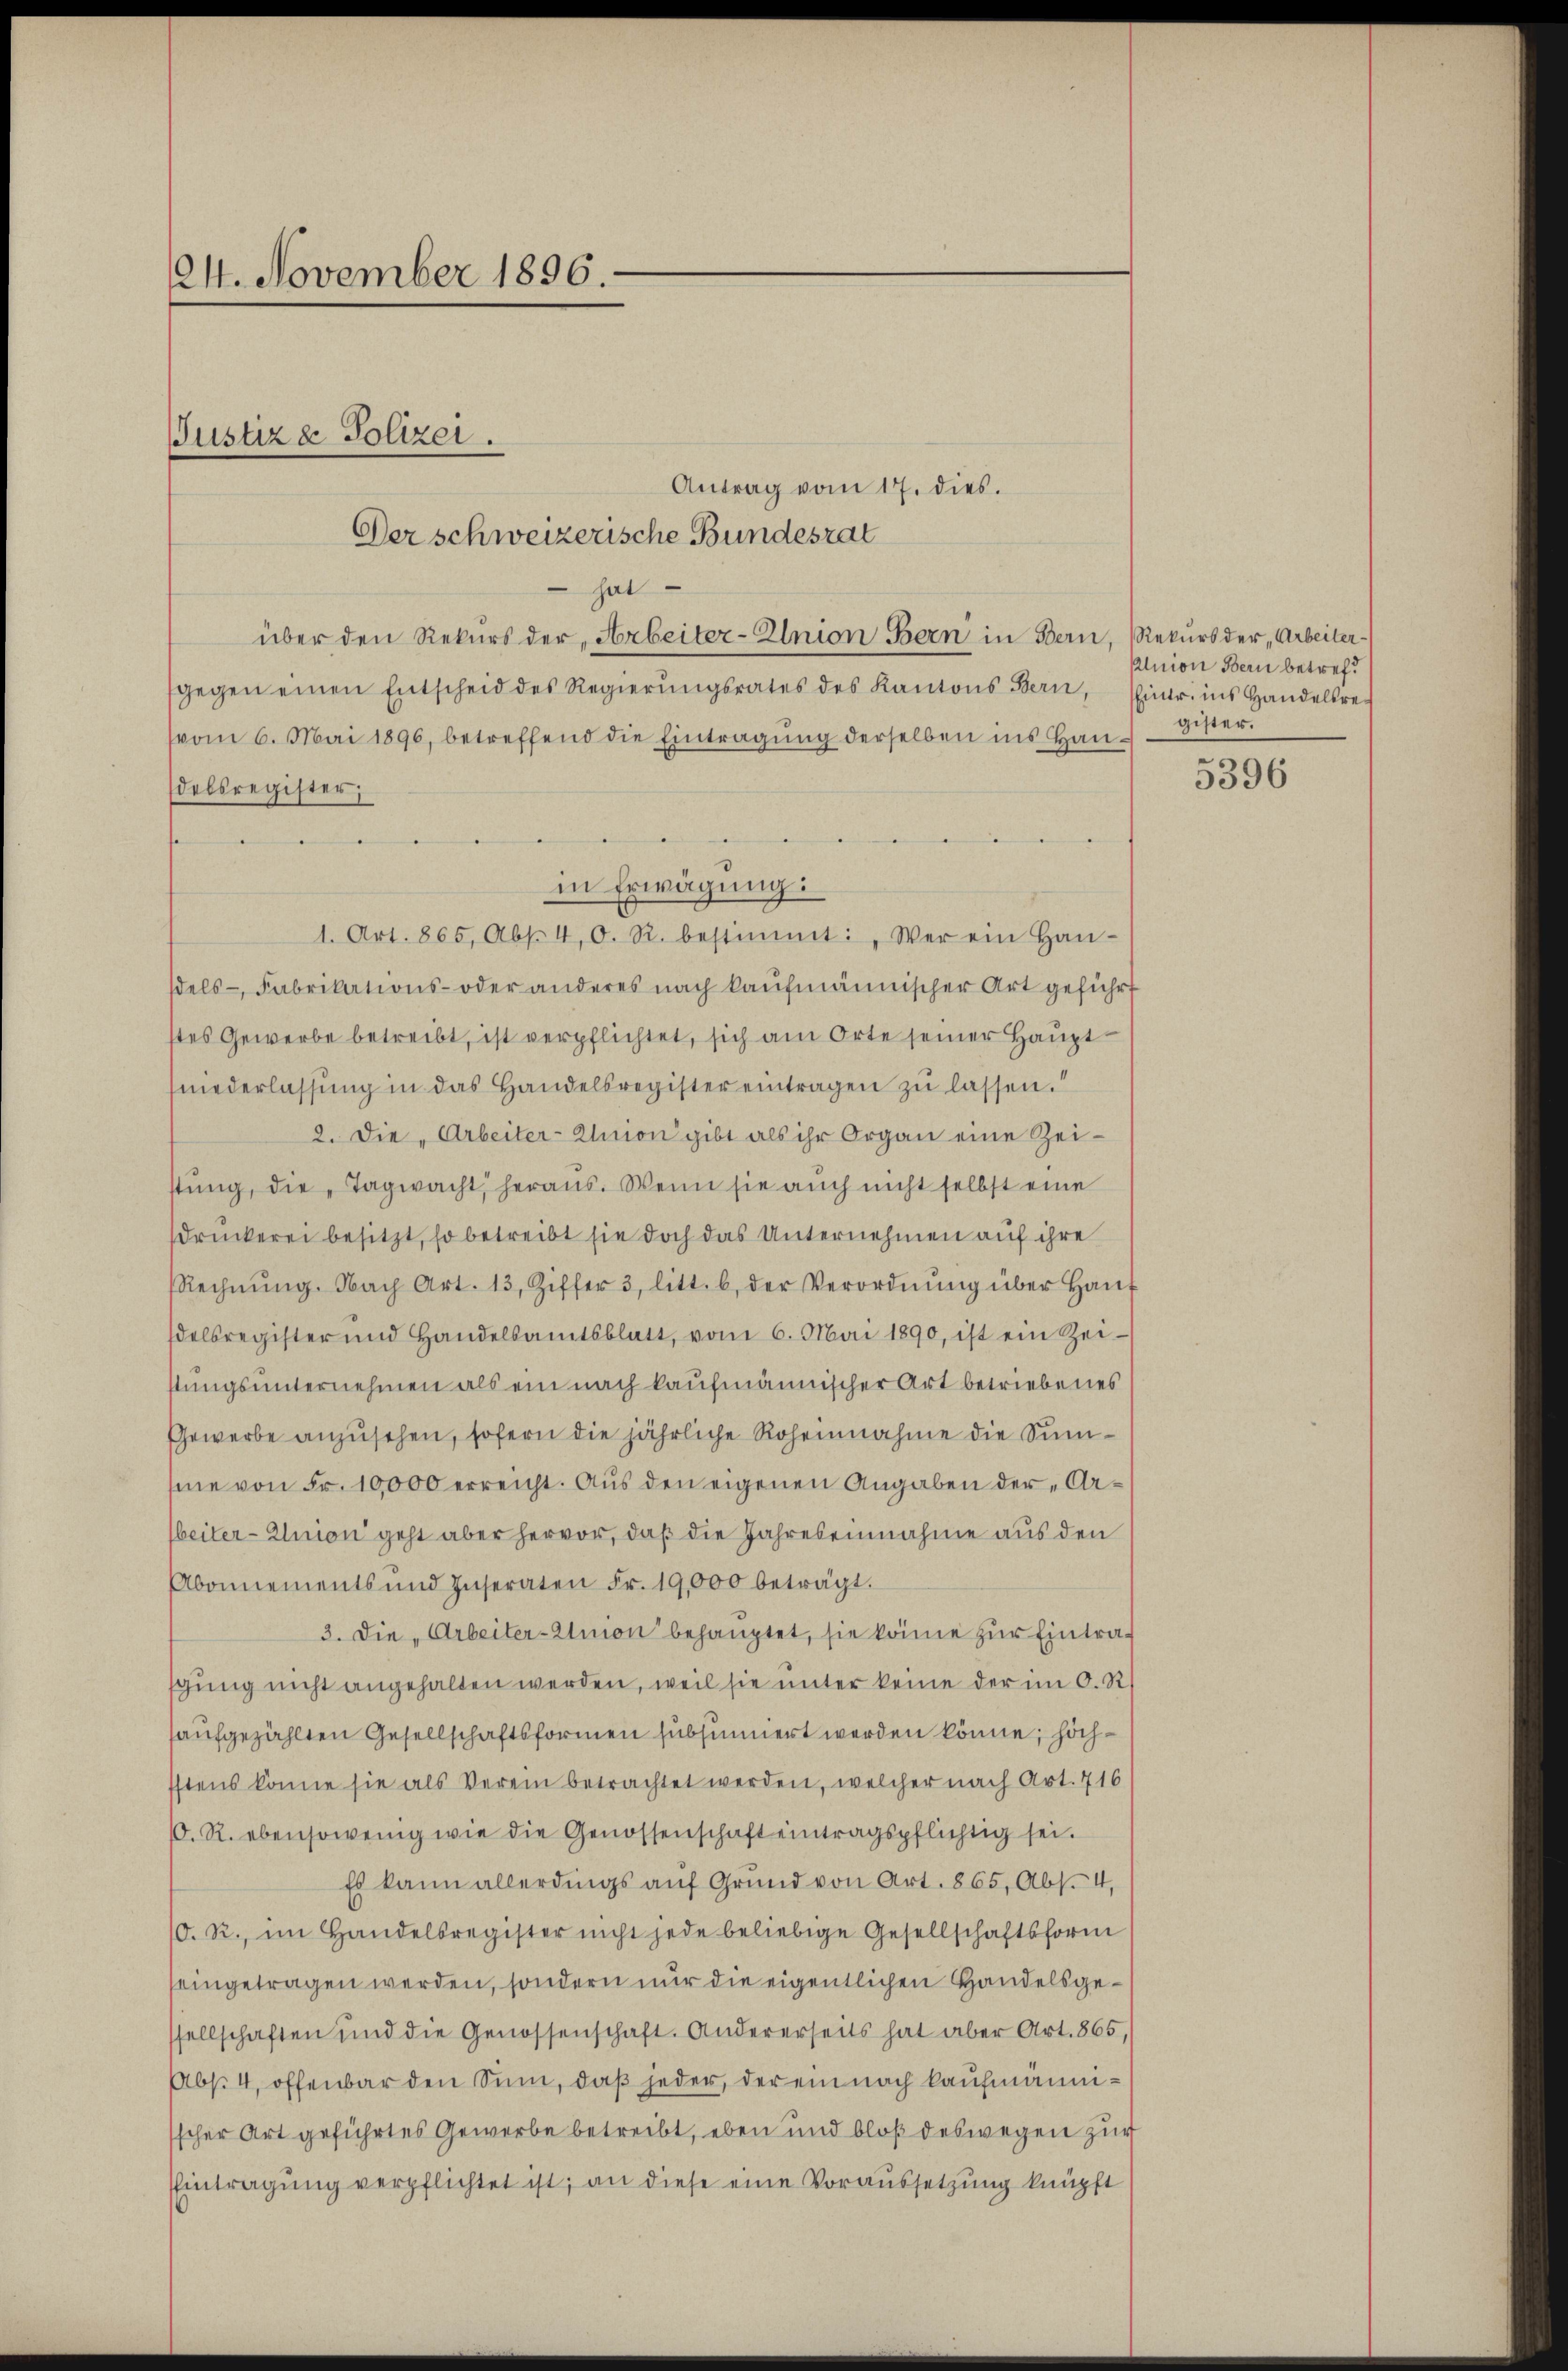
124. November 1896.

Antrag vom 17. dies.
hat
über den Rekurs der Arbeiter-Union Bern in Bern, Rekurs der „Arbeitersgegen einen Entscheid des Regierŭngsrates des Kantons Bern, Eintr. ins Handelsrevom 6. Mai 1896, betreffend die Eintragung derselben ins Handelsregister,
1. Art. 865, Abs. 4, O. R. bestimmt: „Wer ein Han-
sdels- Fabrikations- oder anderes nach kaufmännischer Art geführt
stes Gewerbe betreibt, ist verpflichtet, sich am Orte seiner Haupt¬
(niederlassŭng in das Handelsregister eintragen zu lassen.
2. Die Arbeiter-Union gibt als ihr Organ eine Zeistŭng, die „Tagwacht, heraus. Wenn sie aŭch nicht selbst eine
sdruckerei besitzt, so betreibt sie doch das Unternehmen auf ihre
Rechnŭng. Nach Art. 13, Ziffer 3 litt. b. der Verordnŭng über Haŭs
delsregister und Handelsamtsblatt, vom 6. Mai 1890, ist ein Zei-
stungsunternehmen als ein nach kaufmännischer Art betriebenes
Gewerbe anzusehen, sofern die jährliche Roheinnahme die Sumsine von Fr. 10,000 erreicht. Aus den eigenen Angaben der Ar¬
Weiter-Union geht aber hervor, daß die Jahres einnahme aus den
Abonnements und Inseraten Fr. 19,000 beträgt.
3. Die „Arbeiter-Anion behauptet, sie könne zur Eintragung nicht angehalten werden, weil sie unter keine der im O. R.
haufgezählten Gesellschaftsformen subsumiert werden könne, hoch¬
Istens könne sie als Verein betrachtet werden, welcher nach Art. 716
10. R. ebensowenig wie die Genossenschaft eintragspflichtig sei.
Es kann allerdings aŭf Grund von Art. 865, Abs. 4,
10. R., im Handelsregister nicht jede beliebige Gesellschaftsform
seingetragen werden, sondern nur die eigentlichen Handelsgesellschaften und die Genossenschaft. Andererseits hat aber Art. 865,
Abs. 4, offenbar den Sinn, daß jeder, der ein nach kaufmännisscher Art geführtes Gewerbe betreibt, eben und bloß deswegen zur
EEintragung verpflichtet ist; an diese eine Voraussetzung knüpft

Der schweizerische Bundesrat

Justiz & Polizei.

in Erwägung:

Alnion Bern betrefgister.

5396